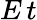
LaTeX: E\, t